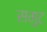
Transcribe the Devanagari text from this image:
समुट